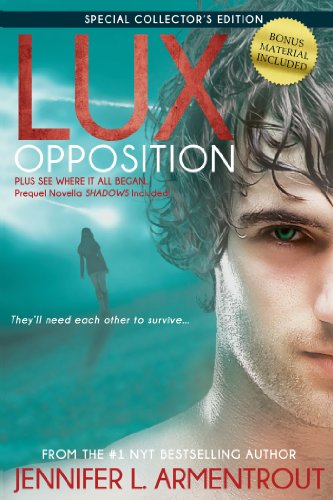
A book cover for Opposition (A Lux Novel); Jennifer L. Armentrout; Teen & Young Adult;